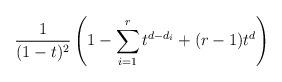
LaTeX: \begin{align*}\frac{1}{(1-t)^{2}} \left (1-\sum_{i=1}^r t^{d-d_i} + (r-1)t^d \right )\end{align*}